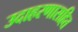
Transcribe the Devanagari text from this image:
उदाहरणासहित